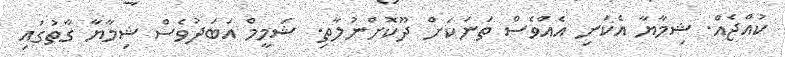
ކުއްޖެއް. ޝިމާޔާ އެކަނި އެއްވެސް ތަނަކަށް ދޫކޮށްނުލާތި. ޝަމީމް އަބަދުވެސް ޝިމާޔާ ގާތުގައި